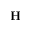
\mathbf { H }